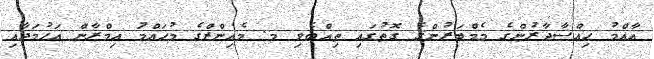
އާއްމު ޙިއްސާދާރުންގެ މެމްބަރުންގެ ގޮތުގައި ތިއްބެވި މ. މެއިންޒްގެ މުޙައްމަު ޢިމްރާން އަޙުމަދާއި